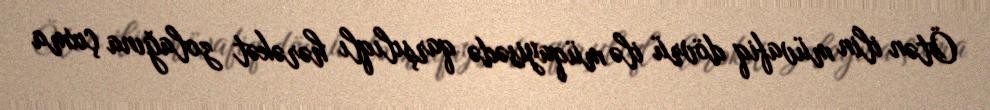
Ötən ilin müvafiq dövrü ilə müqayisədə qarşılıqlı hərəkət zolağına çıxma